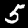
Digit: 5